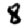
Digit: 8